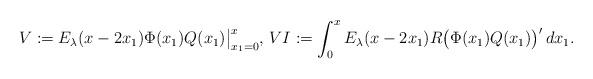
LaTeX: \begin{align*}V :=E_\lambda(x-2x_1)\Phi(x_1)Q(x_1)\big\vert_{x_1=0}^x,\,VI :=\int_0^xE_\lambda(x-2x_1) R \big(\Phi(x_1)Q(x_1)\big)'\,dx_1 .\end{align*}